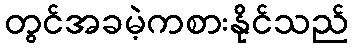
တွင်အခမဲ့ကစားနိုင်သည်